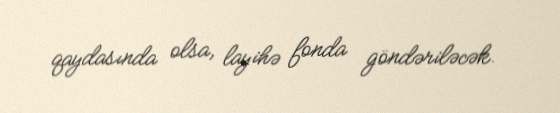
qaydasında olsa, layihə fonda göndəriləcək.